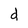
Character: d